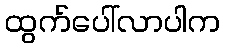
ထွက်ပေါ်လာပါက